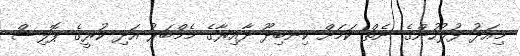
މިއަދު ފުލުހުންގެ ނެތް ކަމަށް ކިނބިދޫ ދާއިރާގެ މެމްބަރު އަދި ކުރީގެ ޕޮލިސް